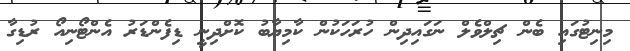
މިނިޓުގައި ބެން ޗިލްވެލް ނަގައިދިން ހުރަހަކުން ކާމިޔާބު ކޮށްދިނީ ޑިފެންޑަރު އެންޓޯނިއޯ ރުޑިގާ